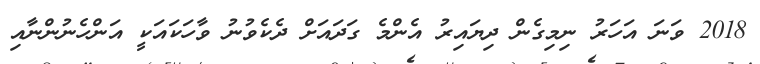
2018 ވަނަ އަހަރު ނިމިގެން ދިޔައިރު އެންމެ ގަދައަށް ދެކެވުނު ވާހަކައަކީ އަންހެނުންނާއި